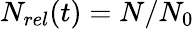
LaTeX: N_{rel}(t)=N/N_{0}